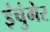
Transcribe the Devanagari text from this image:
इंचुंगेर